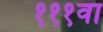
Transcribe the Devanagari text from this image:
१११वा